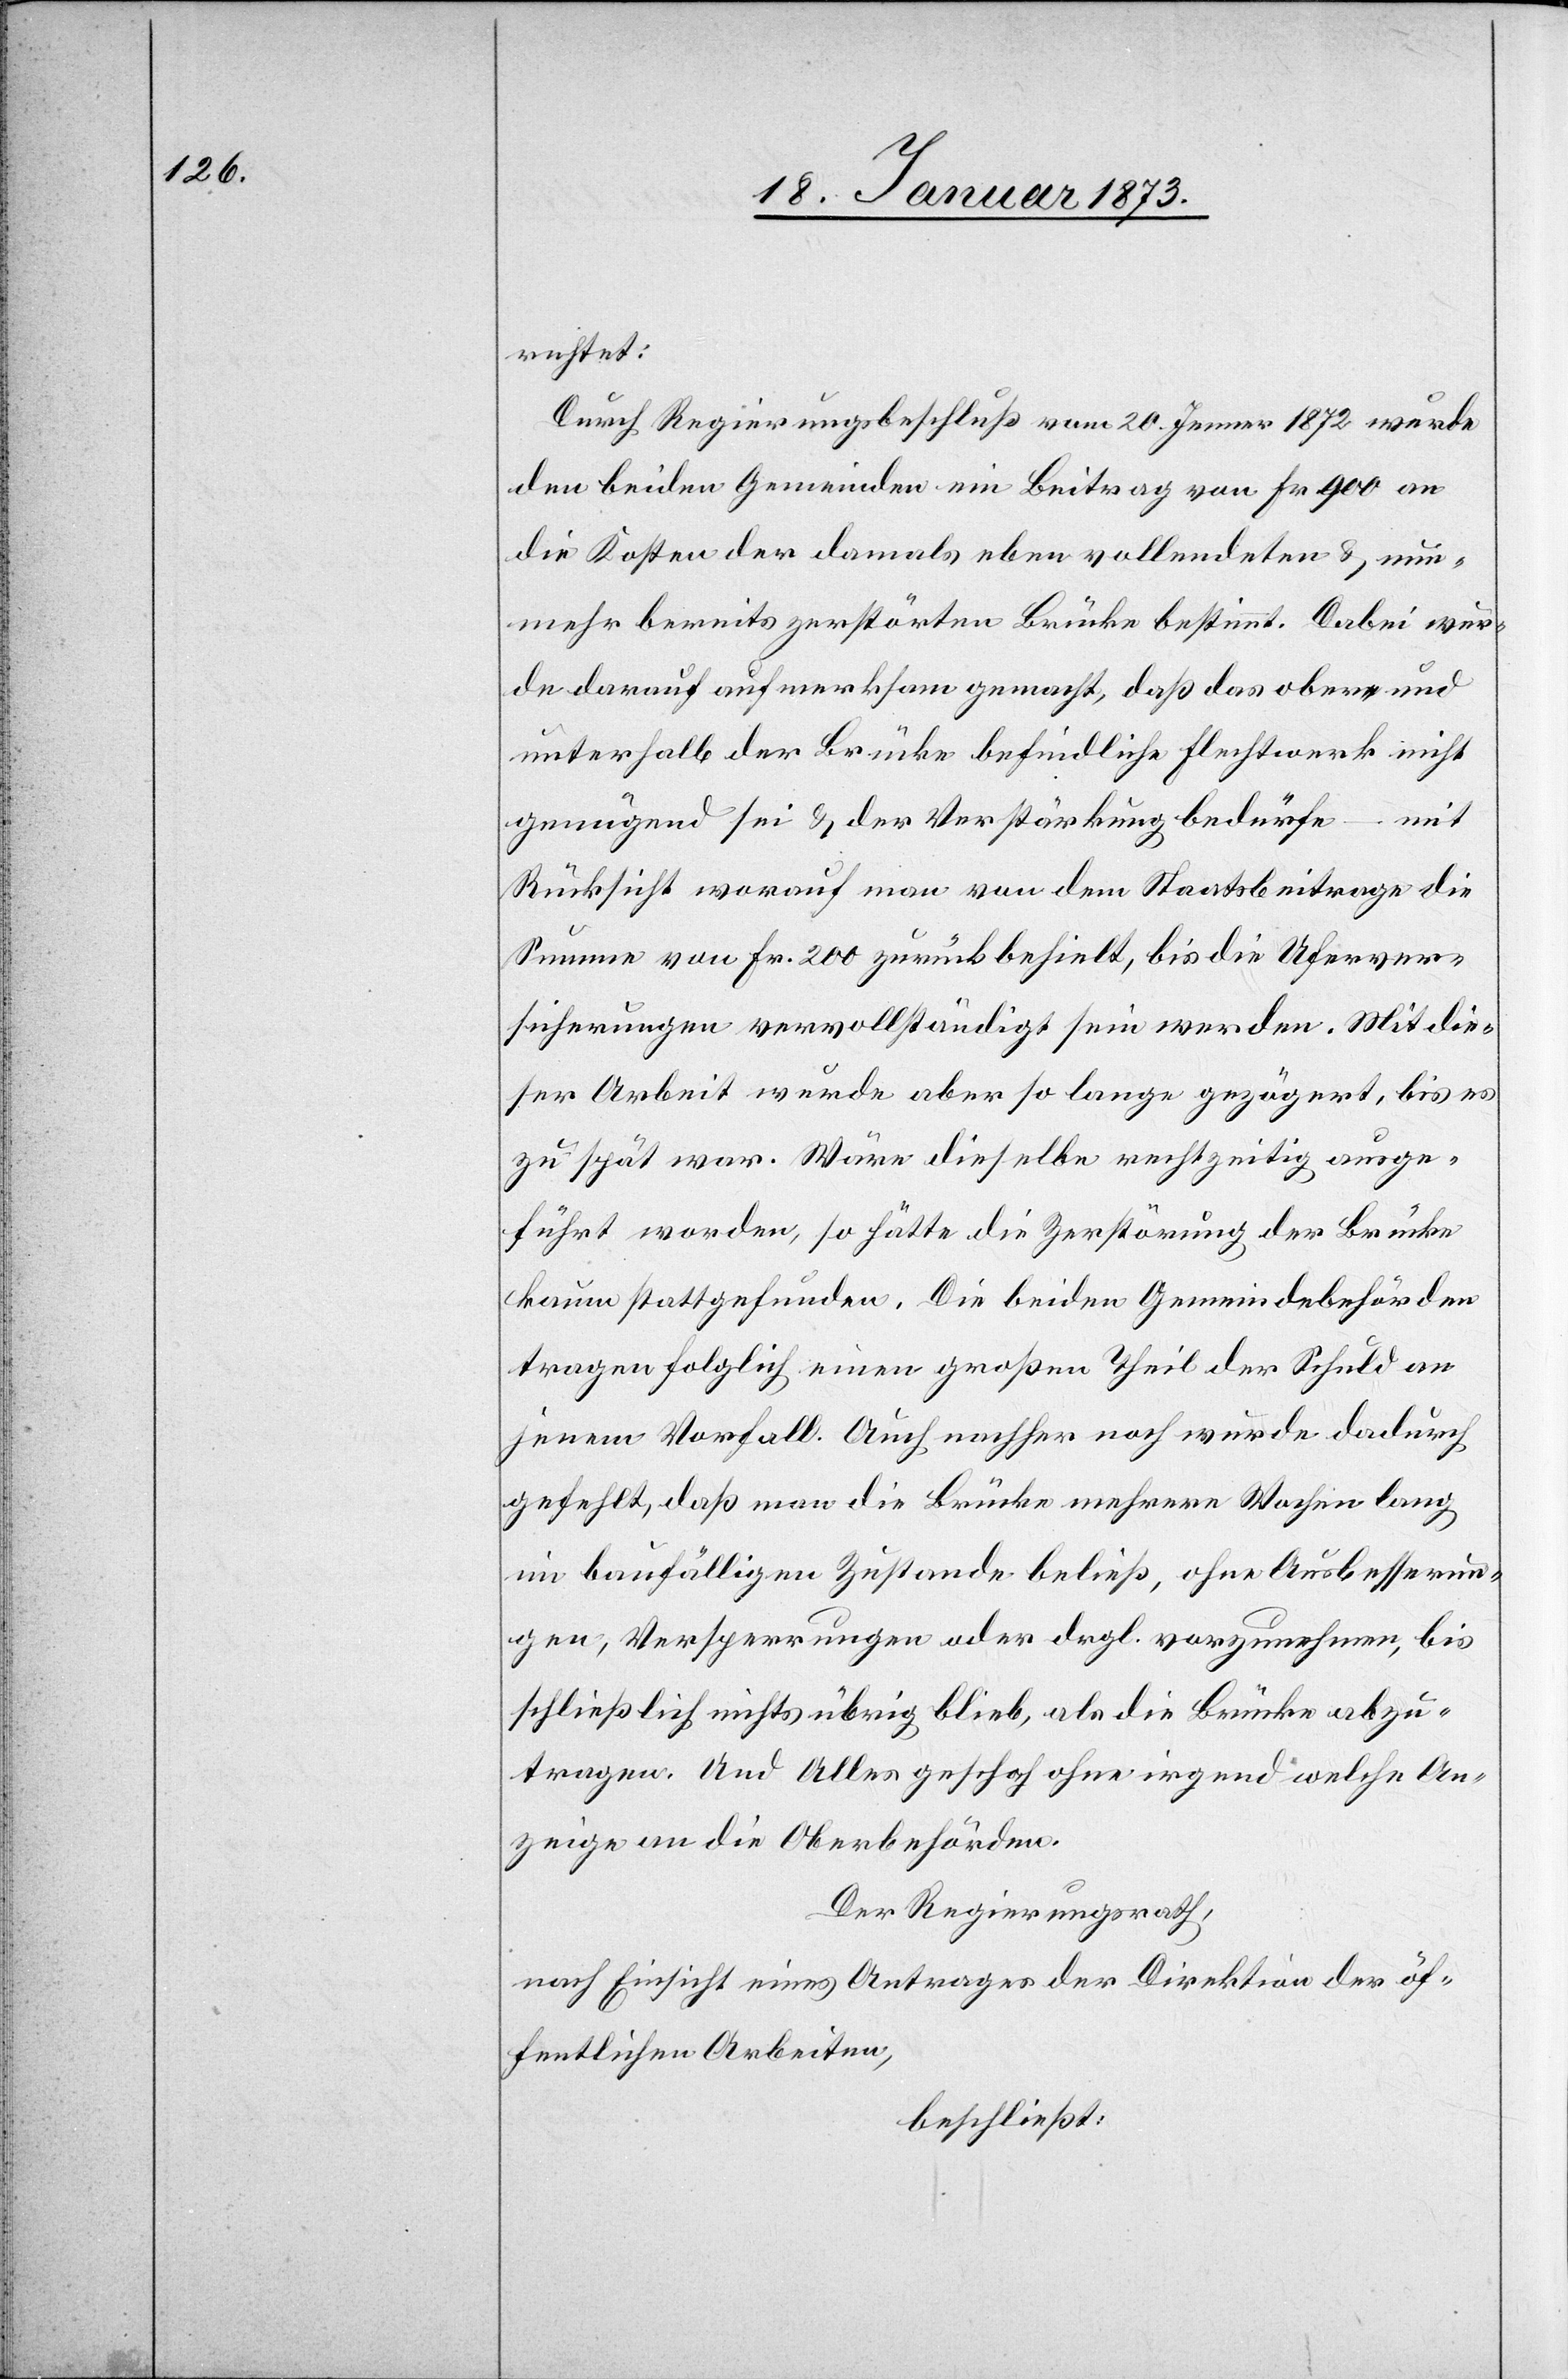
richtet:
Durch Regierungsbeschluß vom 20. Jenner 1872 wurde
den beiden Gemeinden ein Beitrag von Fr. 900 an
die Kosten der damals eben vollendeten u. nun¬
mehr bereits zerstörten Brücke bestimmt. Dabei wer¬
de darauf aufmerksam gemacht, daß das obere und
unterhalb der Brücke befindliche Flechtwerk nicht
genügend sei u. der Verstärkung bedürfe – mit
Rücksicht worauf man von dem Staatsbeitrage die
Summe von Fr. 200 zurückbehielt, bis die Uferver¬
sicherungen vervollständigt sein werden. Mit die¬
ser Arbeit wurde aber so lange gezögert, bis es
zu spät war. Wäre dieselbe rechtzeitig ausge¬
führt worden, so hätte die Zerstörung der Brücke
kaum stattgefunden. Die beiden Gemeindebehörden
tragen folglich einen großen Theil der Schuld an
jenem Verfall. Auch nachher noch wurde dadurch
gefehlt, daß man die Brücke mehrere Wochen lang
im baufälligen Zustande beließ, ohne Ausbesserun¬
gen, Versperrungen oder drgl. vorzunehmen, bis
schließlich nichts übrig blieb, als die Brücke abzu¬
tragen. Und Alles geschah ohne irgendwelche An¬
zeige an die Oberbehörden.
Der Regierungsrath,
nach Einsicht eines Antrages der Direktion der öf¬
fentlichen Arbeiten,
beschließt: